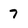
Character: 7